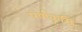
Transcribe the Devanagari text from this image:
पर्णकृमि